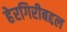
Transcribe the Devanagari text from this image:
हेरगिरीबद्दल